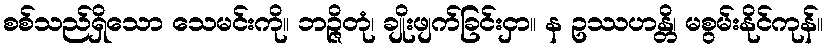
စစ်သည်ရှိသော သေမင်းကို။ ဘဉ္ဇိတုံ၊ ချိုးဖျက်ခြင်းငှာ။ န ဥဿဟန္တိ၊ မစွမ်းနိုင်ကုန်။